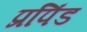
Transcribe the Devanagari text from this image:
प्रपिंड